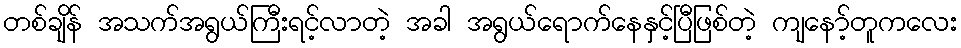
တစ်ချိန် အသက်အရွယ်ကြီးရင့်လာတဲ့ အခါ အရွယ်ရောက်နေနှင့်ပြီဖြစ်တဲ့ ကျနော့်တူကလေး